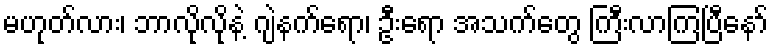
မဟုတ်လား၊ ဘာလိုလိုနဲ့ ဂျဲနက်ရော၊ ဦးရော အသက်တွေ ကြီးလာကြပြီနော်